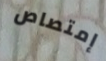
إمتصاص